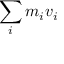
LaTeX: \, \! \sum _ { i } m _ { i } v _ { i }